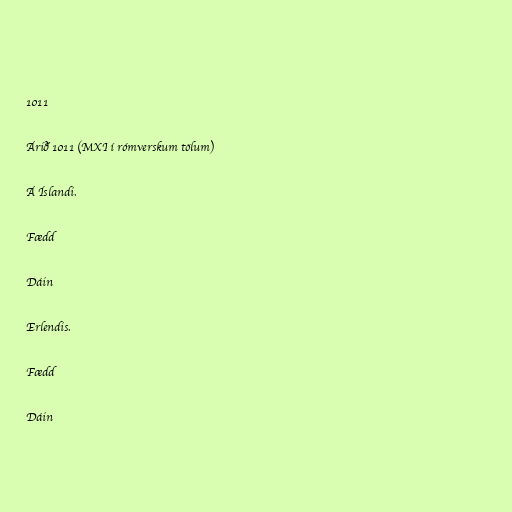
1011

Árið 1011 (MXI í rómverskum tölum)

Á Íslandi.

Fædd

Dáin

Erlendis.

Fædd

Dáin